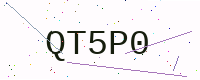
Text: QT5P0